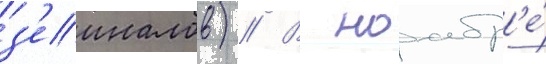
з'еиналов) // В ноабр'е́